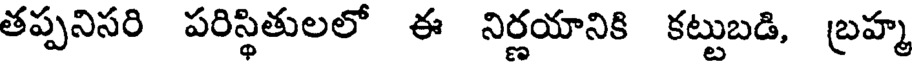
తప్పనిసరి పరిస్థితులలో ఈ నిర్ణయానికి కట్టుబడి, బ్రహ్మ